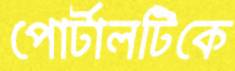
পোর্টালটিকে